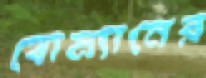
বোম্যানের